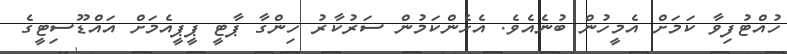
ހުއްޓުފިވާ ކަމަށް އެމީހުން ބުނެއެވެ. އެހެންކަމުން ސަރުކާރު ހިންގާ ޕާޓީ ޕީޕީއެމަށް އައްޑޫސިޓީގެ